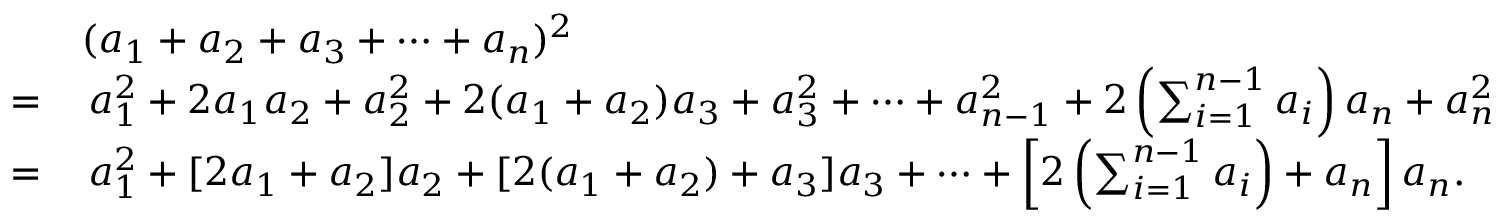
{ \begin{array} { r l } & { ( a _ { 1 } + a _ { 2 } + a _ { 3 } + \dotsb + a _ { n } ) ^ { 2 } } \\ { = } & { \, a _ { 1 } ^ { 2 } + 2 a _ { 1 } a _ { 2 } + a _ { 2 } ^ { 2 } + 2 ( a _ { 1 } + a _ { 2 } ) a _ { 3 } + a _ { 3 } ^ { 2 } + \dotsb + a _ { n - 1 } ^ { 2 } + 2 \left( \sum _ { i = 1 } ^ { n - 1 } a _ { i } \right) a _ { n } + a _ { n } ^ { 2 } } \\ { = } & { \, a _ { 1 } ^ { 2 } + [ 2 a _ { 1 } + a _ { 2 } ] a _ { 2 } + [ 2 ( a _ { 1 } + a _ { 2 } ) + a _ { 3 } ] a _ { 3 } + \dotsb + \left[ 2 \left( \sum _ { i = 1 } ^ { n - 1 } a _ { i } \right) + a _ { n } \right] a _ { n } . } \end{array} }